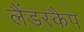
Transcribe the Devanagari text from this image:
लैंडस्कैप